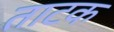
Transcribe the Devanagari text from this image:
ताटक